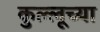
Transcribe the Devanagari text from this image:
कुल्लूच्या